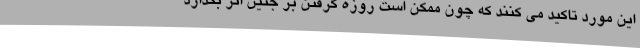
این مورد تاکید می کنند که چون ممکن است روزه گرفتن بر جنین اثر بگذارد